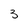
Character: 3